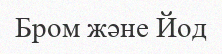
Бром және Йод